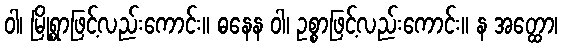
ဝါ၊ မြို့ရွာဖြင့်လည်းကောင်း။ ဓနေန ဝါ၊ ဥစ္စာဖြင့်လည်းကောင်း။ န အတ္ထော၊